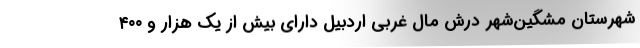
شهرستان مشگین‌شهر درش مال غربی اردبیل دارای بیش از یک هزار و ۴۰۰